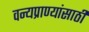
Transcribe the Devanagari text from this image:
वन्यप्राण्यांसाठी